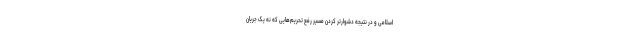
اسلامی و در نتیجه دشوارتر کردن مسیر رفع تحریم‌هایی که نه یک جریان